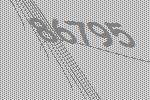
86795